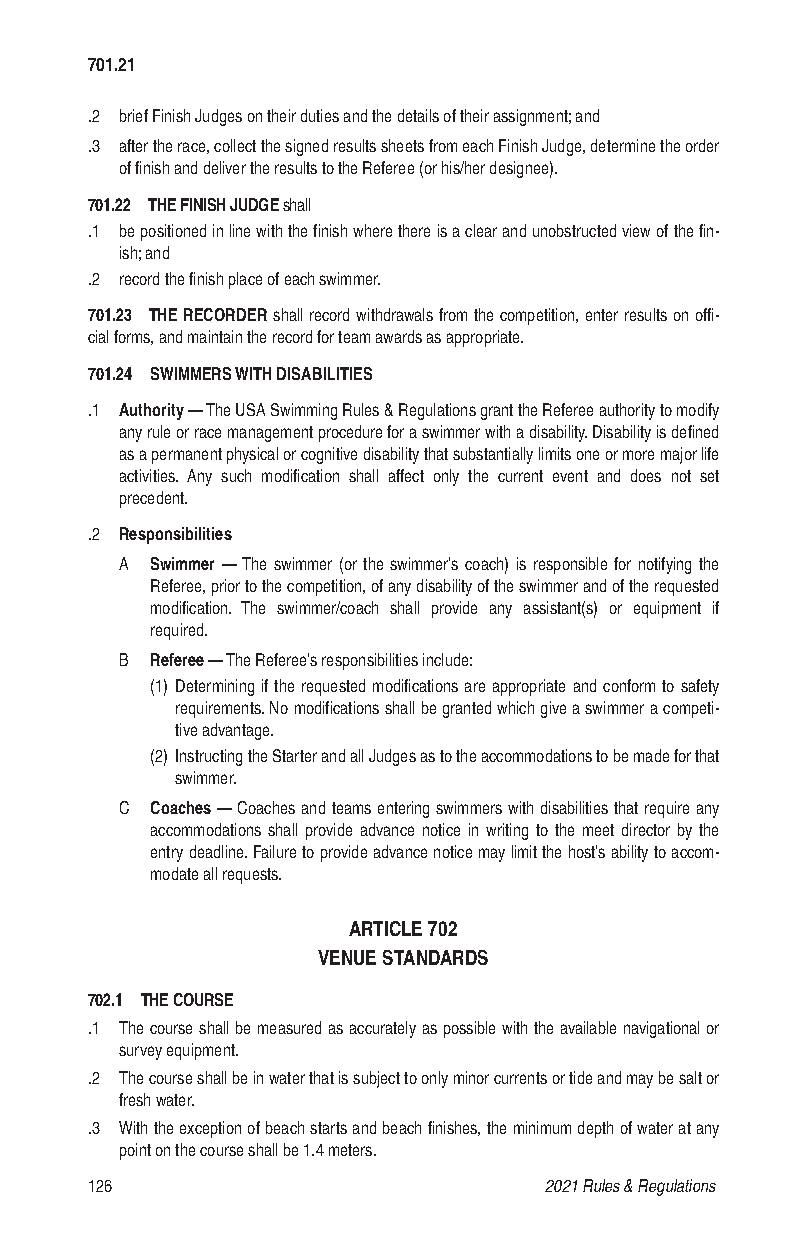
701.21
 .2 brief Finish Judges on their duties and the details of their assignment; and
 .3 after the race, collect the signed results sheets from each Finish Judge, determine the order
 of finish and deliver the results to the Referee (or his/her designee).
 701.22 THE FINISH JUDGE shall
 .1 be positioned in line with the finish where there is a clear and unobstructed view of the fin-
 ish; and
 .2 record the finish place of each swimmer.
 701.23 THE RECORDER shall record withdrawals from the competition, enter results on offi-
 cial forms, and maintain the record for team awards as appropriate.
 701.24 SWIMMERS WITH DISABILITIES
 .1 Authority — The USA Swimming Rules & Regulations grant the Referee authority to modify
 any rule or race management procedure for a swimmer with a disability. Disability is defined
 as a permanent physical or cognitive disability that substantially limits one or more major life
 activities. Any such modification shall affect only the current event and does not set
 precedent.
 .2 Responsibilities
 A Swimmer — The swimmer (or the swimmer’s coach) is responsible for notifying the
 Referee, prior to the competition, of any disability of the swimmer and of the requested
 modification. The swimmer/coach shall provide any assistant(s) or equipment if
 required.
 B Referee — The Referee’s responsibilities include:
 (1) Determining if the requested modifications are appropriate and conform to safety
 requirements. No modifications shall be granted which give a swimmer a competi-
 tive advantage.
 (2) Instructing the Starter and all Judges as to the accommodations to be made for that
 swimmer.
 C Coaches — Coaches and teams entering swimmers with disabilities that require any
 accommodations shall provide advance notice in writing to the meet director by the
 entry deadline. Failure to provide advance notice may limit the host’s ability to accom-
 modate all requests.
 ARTICLE 702
 VENUE STANDARDS
 702.1 THE COURSE
 .1 The course shall be measured as accurately as possible with the available navigational or
 survey equipment.
 .2 The course shall be in water that is subject to only minor currents or tide and may be salt or
 fresh water.
 .3 With the exception of beach starts and beach finishes, the minimum depth of water at any
 point on the course shall be 1.4 meters.
 126                           2021 Rules & Regulations